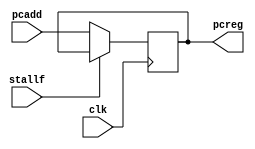
module if_reg(input clk,
	      input [31:0] pcadd,
	      input 	   stallf,
	      output reg [31:0] pcreg);


   initial begin
      pcreg = 32'h400030;
   end


   always @(posedge clk) begin
      if(stallf != 1) begin
	   pcreg <= pcadd;
      end
      else begin
      pcreg <= pcreg;
      end
   end

   
endmodule